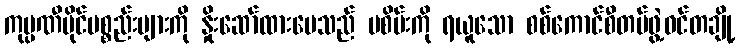
ကုမ္ပဏီပိုင်ပစ္စည်းများကို နှိုးဆော်ထားပေသည် မစိမ်းကို ရယူသော စစ်ကောင်စီတပ်ဖွဲ့ဝင်တချို့